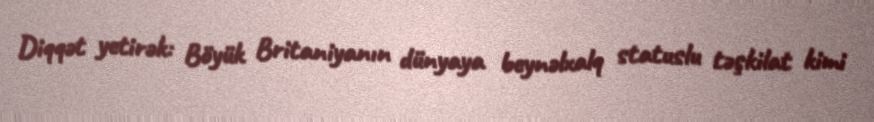
Diqqət yetirək: Böyük Britaniyanın dünyaya beynəlxalq statuslu təşkilat kimi